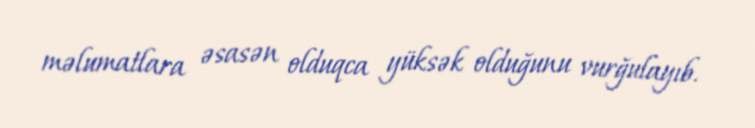
məlumatlara əsasən olduqca yüksək olduğunu vurğulayıb.